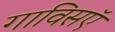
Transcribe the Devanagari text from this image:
गाविसऍ